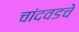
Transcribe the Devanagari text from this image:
चांदवडचे